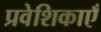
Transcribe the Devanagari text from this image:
प्रवेशिकाएँ